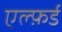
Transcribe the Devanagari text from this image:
एल्फ़र्ड